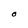
Character: O